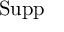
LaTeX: \operatorname { S u p p }